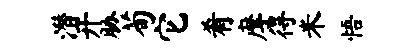
潜开胁荀它肴摩得米悟